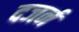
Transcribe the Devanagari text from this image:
दजर्न